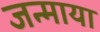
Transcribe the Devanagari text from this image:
जन्माया